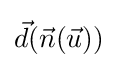
{\vec {d}}({\vec {n}}({\vec {u}}))